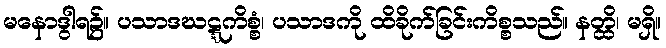
မနောဒွါရ၌။ ပသာဒဃဋ္ဋကိစ္စံ၊ ပသာဒကို ထိခိုက်ခြင်းကိစ္စသည်။ နတ္ထိ၊ မရှိ။